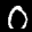
Label: 0